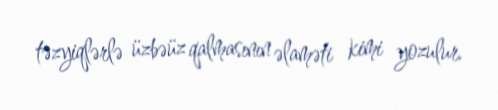
təzyiqlərlə üzbəüz qalmasının əlaməti kimi yozulur.